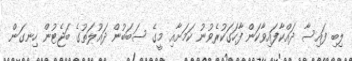
ލިބި ފައިސާ ދައްކާފައިވާކަން ފާހަގަކުރެވުނު ކަމަށާއި މީގެ ސަބަބުން ދައުލަތުގެ ބަޖެޓުން ހިނގަން